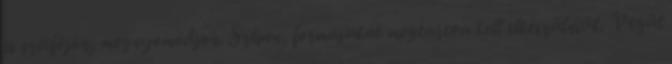
is szétfőjön, megnyomódjon. Szépen, formájukat megtartva kell elkészülniük. Végül